Leaving Certificate Examination, 1902
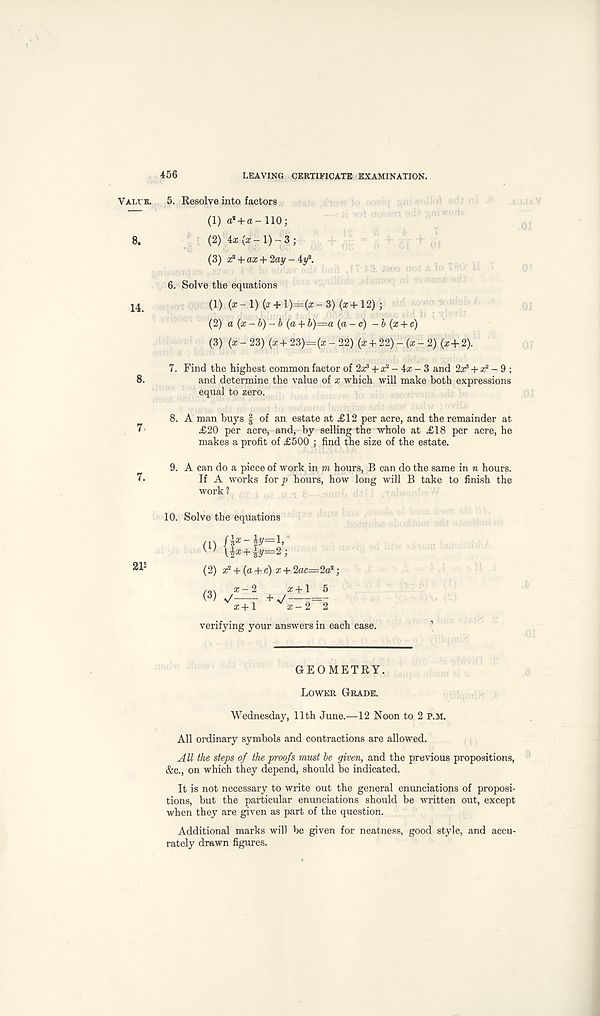
456
LEAVING CERTIFICATE EXAMINATION.
Valve. 5. Resolve into factors
(1) a* + a - 110;
8.
(2) 4x (x - 1) - 3 ;
(3) z 2 + ax+ ‘lay - 4y 2 .
6. Solve the equations
14 .
(1) (*-l)(a- + l)=(*-3)(x+12);
(2) a (x-b) - b (a + b)=a (a-c) -b (x + c)
(3) (ir - 23) (x+ 23)=(* - 22) (a: + 22) -(x-2) (x+2).
7. Find the highest common factor of 2X 3 + z 2 - - 3 and 2^ + ar 2 - 9 ;
8.
and determine the value of x which will make both expressions
equal to zero.
8. A man buys f of an estate at £12 per acre, and the remainder at
7
£20 per acre, and, by selling the whole at £18 per acre, he
makes a profit of £500 ; find the size of the estate.
9. A can do a piece of work in m hours, B can do the same in n hours.
7-
If A works for p hours, how long will B take to finish the
work?
10. Solve the equations
/in (1) U* + iy=2;
(2) x 2 + (a + c) x + 2ac=2a*;
/o\ x-2
£ +1 5
(3) ^ + / = -
*+ 1 v a;- 2 2
verifying your answers in each case.
GEOMETRY.
Lower Grade.
Wednesday, 11th June.—12 Noon to 2 P.M.
All ordinary symbols and contractions are allowed.
All the steps of the proofs must be given, and the previous propositions,
&c., on which they depend, should be indicated.
It is not necessary to write out the general enunciations of proposi-
tions, but the particular enunciations should be written out, except
when they are given as part of the question.
Additional marks will be given for neatness, good style, and accu-
rately drawn figures.